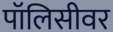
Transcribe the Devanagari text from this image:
पॉलिसीवर